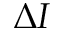
\Delta I